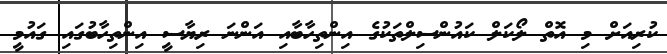
ކުރިއަށް މި އޮތް ލޯކަލް ކައުންސިލްތަކުގެ އިންތިހާބާއި އަންނަ ރިޔާސީ އިންތިހާބުގައި ގައުމީ